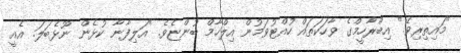
"މައިތިރިވޭ." އިބްރާހީމްގެ ވާހަކަތައް ހުއްޓުވަމުން އިލްހާމް ބުންޏެވެ. "އަލިފާނާ ކުޅެން ނޫޅެބަލަ. އެއީ